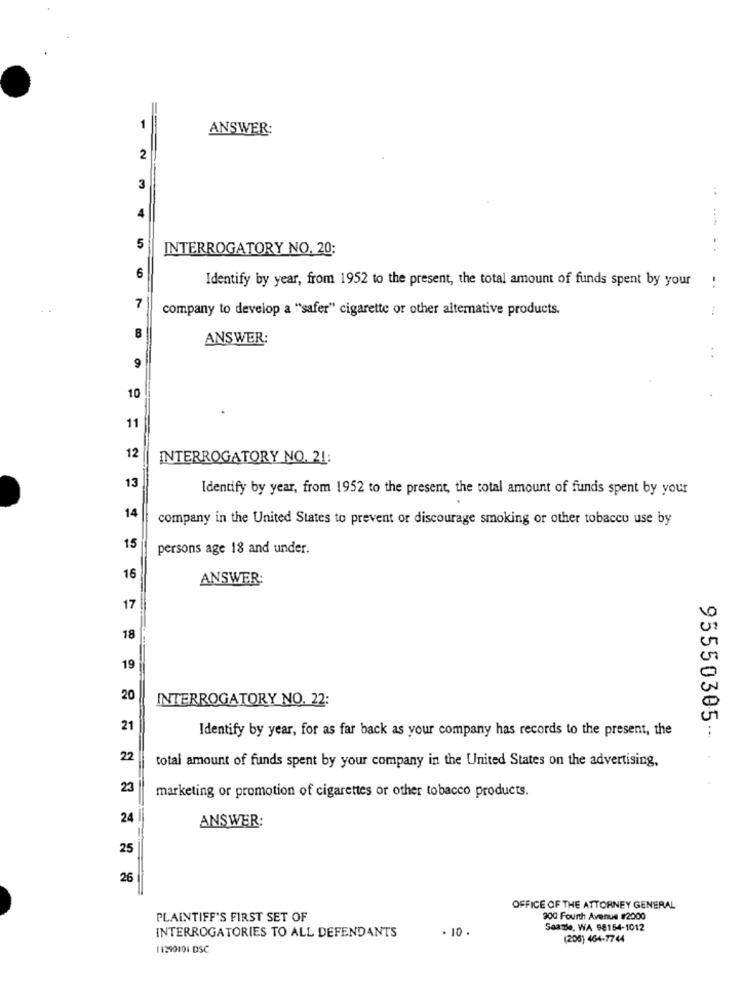
=
ANSWER:
2
3
4
5
INTERROGATORY NO. 20:
-.
6
Identify by year, from 1952 to the present, the total amount of funds spent by your
. .
7
company to develop a "safer" cigarette or other alternative products.
B
ANSWER:
. .
9
10
11
12
INTERROGATORY NO. 21:
13
Identify by year, from 1952 to the present, the total amount of funds spent by your
14
company in the United States to prevent or discourage smoking or other tobacco use by
15
persons age 18 and under.
16
ANSWER:
17
18
19
20
INTERROGATORY NO. 22:
21
Identify by year, for as far back as your company has records to the present, the
22
total amount of funds spent by your company in the United States on the advertising,
95550305 -. .
23
marketing or promotion of cigarettes or other tobacco products.
24
ANSWER:
25
26
OFFICE OF THE ATTORNEY GENERAL
PLAINTIFF'S FIRST SET OF
300 Fourth Avenue #2000
.10.
Seattle, WA 98154-1012
INTERROGATORIES TO ALL DEFENDANTS
(205) 464-7744
11290101 DSC